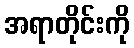
အရာတိုင်းကို